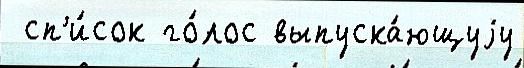
 сп'и́сок го́лос выпуска́ющуjу